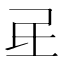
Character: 𰚷